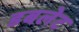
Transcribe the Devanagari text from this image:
डबलेट